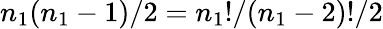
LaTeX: n_{1}(n_{1}-1)/2=n_{1}!/(n_{1}-2)!/2